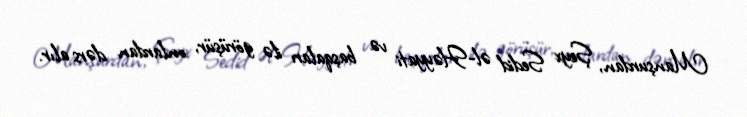
Manşurdan, Şeyx Sedid əl-Həyyati və başqaları ilə görüşür, onlardan dərs alır.